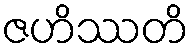
ဇဟိဿတိ